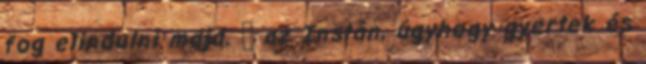
fog elindulni majd. 😉 az Instán, úgyhogy gyertek és